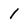
Character: 1